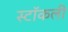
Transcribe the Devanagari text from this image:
स्टॉकली